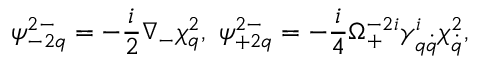
\psi _ { - 2 q } ^ { 2 - } = - \frac { i } { 2 } \nabla _ { - } \chi _ { q } ^ { 2 } , \ \psi _ { + 2 q } ^ { 2 - } = - \frac { i } { 4 } \Omega _ { + } ^ { - 2 i } \gamma _ { q \dot { q } } ^ { i } \chi _ { \dot { q } } ^ { 2 } ,